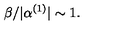
\beta / | \alpha ^ { ( 1 ) } | \sim 1 .